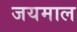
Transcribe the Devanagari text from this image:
जयमाल